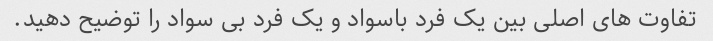
تفاوت های اصلی بین یک فرد باسواد و یک فرد بی سواد را توضیح دهید.